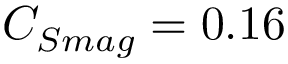
C _ { S m a g } = 0 . 1 6